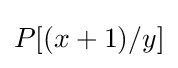
P[(x+1)/y]